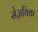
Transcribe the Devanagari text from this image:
सेज़विक